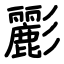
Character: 彲